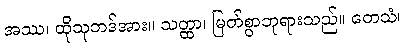
အဿ၊ ထိုသုဘဒ်အား။ သတ္ထာ၊ မြတ်စွာဘုရားသည်။ တေသံ၊